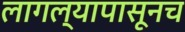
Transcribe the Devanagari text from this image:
लागल्यापासूनच